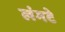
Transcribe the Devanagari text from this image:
लंगटे